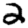
Digit: 2